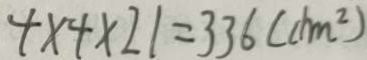
4 \times 4 \times 2 1 = 3 3 6 ( c h m ^ { 2 } )